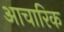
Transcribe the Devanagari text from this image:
आचारिक